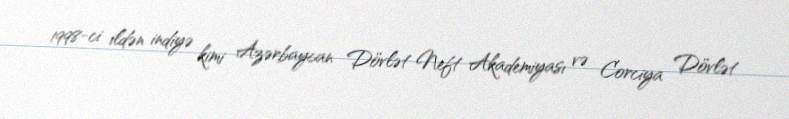
1998-ci ildən indiyə kimi Azərbaycan Dövlət Neft Akademiyası və Corciya Dövlət